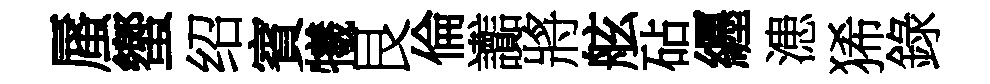
蜃蠁绍賓犧艮倫讟將舷砧纒漶狶錄